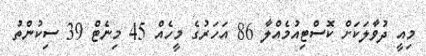
މިއީ ދުވާލަކަށް ކޮސްޓިއުމެއްލާ 86 އަހަރުގެ މީހެއް 45 މިނެޓް 39 ސިކުންތު